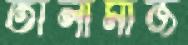
তালামীজ